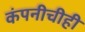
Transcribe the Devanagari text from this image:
कंपनीचीही